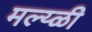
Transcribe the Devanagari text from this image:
मल्य्ळी